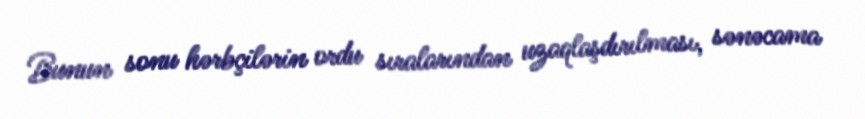
Bunun sonu hərbçilərin ordu sıralarından uzaqlaşdırılması, sənəcama